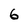
Character: 6